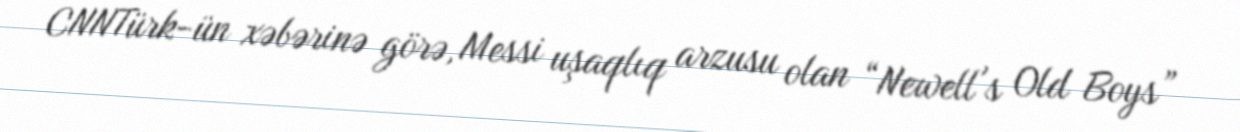
CNNTürk-ün xəbərinə görə, Messi uşaqlıq arzusu olan “Newell's Old Boys”